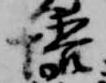
悟